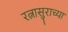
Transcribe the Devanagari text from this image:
रत्नासुराच्या